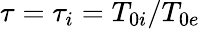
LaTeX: \tau=\tau_{i}=T_{0i}/T_{0e}